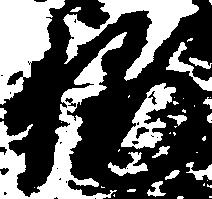
輔